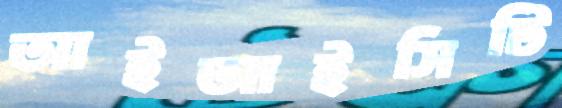
আইআইসিটি